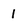
Character: 1